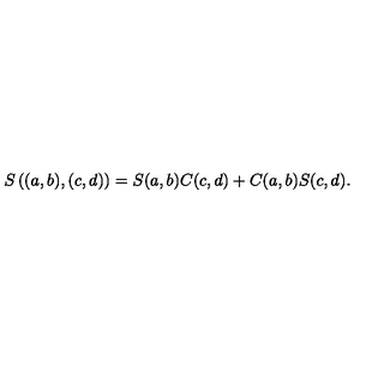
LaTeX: S \left( ( a , b ) , ( c , d ) \right) = S ( a , b ) C ( c , d ) + C ( a , b ) S ( c , d ) .